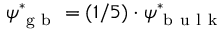
\psi _ { \mathrm { ~ g ~ b ~ } } ^ { * } = ( 1 / 5 ) \cdot \psi _ { \mathrm { ~ b ~ u ~ l ~ k ~ } } ^ { * }